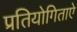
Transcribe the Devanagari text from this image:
प्रतियोगिताऐ